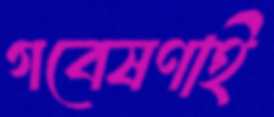
গবেষণাই